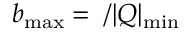
b _ { \mathrm { m a x } } = { \mathrm \hbar } / \vert Q \vert _ { \mathrm { m i n } }